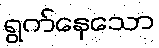
ရွက်နေသော